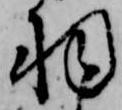
羽